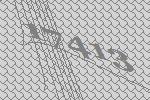
17413